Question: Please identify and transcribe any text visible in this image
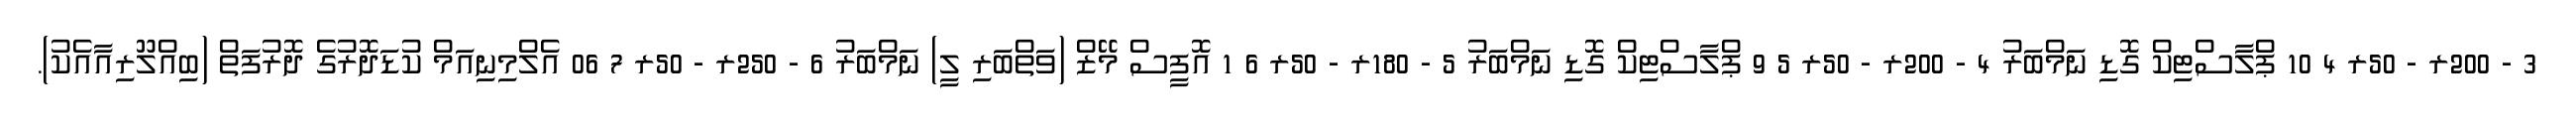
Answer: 3 - 200ރ - 50ރ 4 10 ޕްލާސްޓިކް ގޮޑި ނަމްބަރު 4 - 200ރ - 50ރ 5 9 ޕްލާސްޓިކް ގޮޑި ނަމްބަރު 5 - 180ރ - 50ރ 6 1 އޮފީސް މޭޒް (ވަތްބަރި ލީ) ނަމްބަރު 6 - 250ރ - 50ރ 7 06 އެލްމިނިއަމް ކުޑަދޮރުގެ ދޮރުފަތް (ބިއްލޫރިއާއެކު).